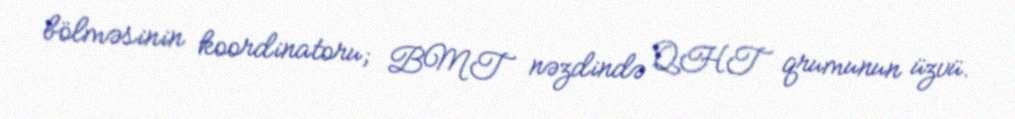
bölməsinin koordinatoru; BMT nəzdində QHT qrumunun üzvü.